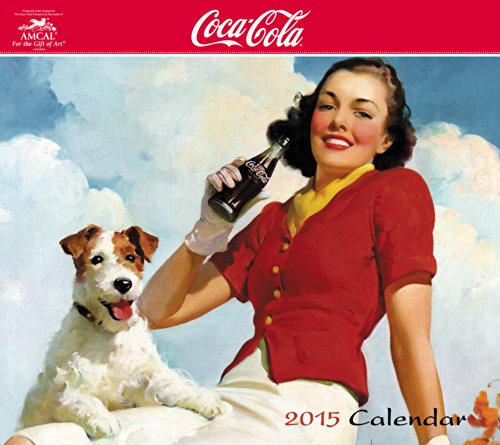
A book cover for Coca-Cola Wall Calendar (2015); Amcal; Crafts, Hobbies & Home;